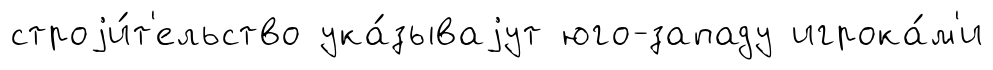
строjи́т'ельство ука́зываjут юго-западу игрока́м'и